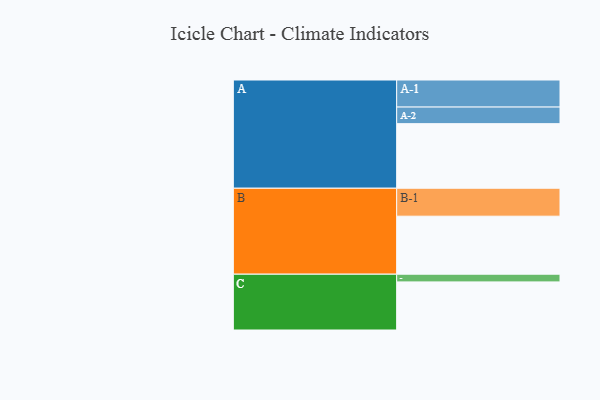
{"axis": {"x": "Segment", "y": "Value"}, "legend": ["", "A", "B", "C"], "data": [{"x": "A", "y": 580, "type": ""}, {"x": "B", "y": 521, "type": ""}, {"x": "C", "y": 432, "type": ""}, {"x": "A-1", "y": 243, "type": "A"}, {"x": "A-2", "y": 149, "type": "A"}, {"x": "B-1", "y": 251, "type": "B"}, {"x": "C-1", "y": 69, "type": "C"}]}